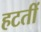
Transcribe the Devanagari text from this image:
हटतीं